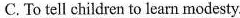
C. To tell children to learn modesty.